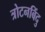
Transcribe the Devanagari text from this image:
त्रोटनबिंदु